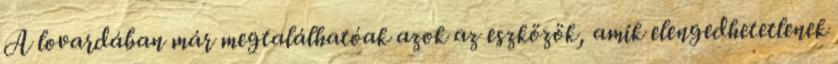
A lovardában már megtalálhatóak azok az eszközök, amik elengedhetetlenek